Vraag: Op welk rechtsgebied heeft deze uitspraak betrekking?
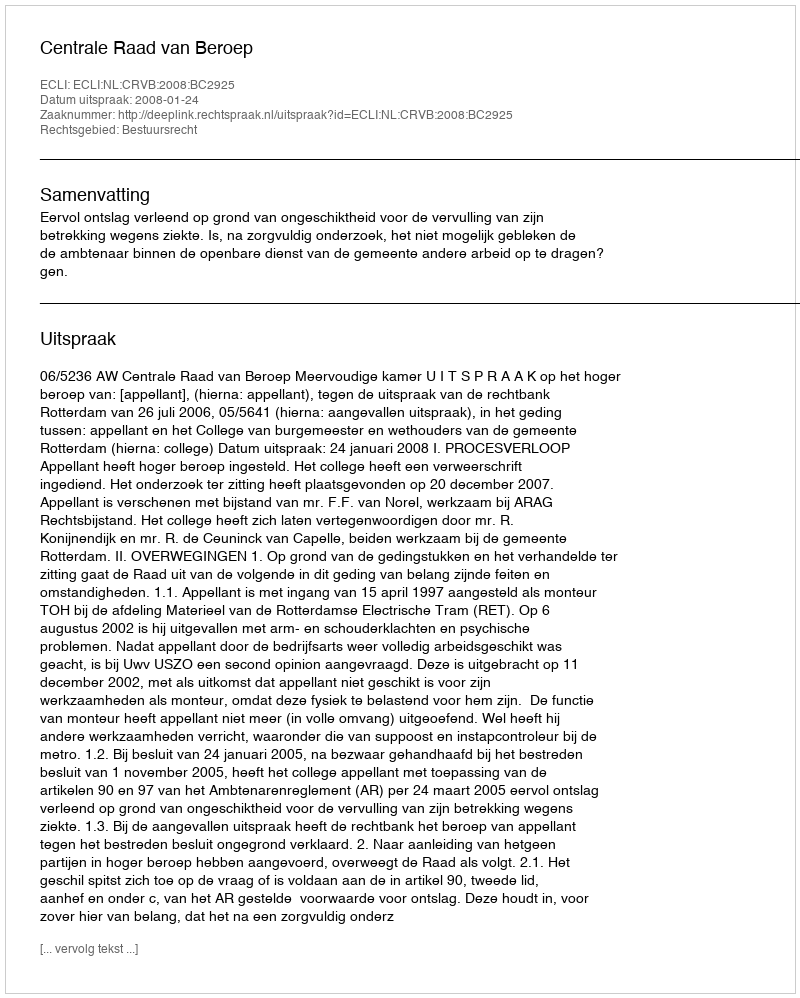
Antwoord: Bestuursrecht